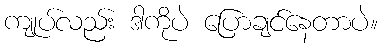
ကျုပ်လည်း ဒါကိုပဲ ပြောချင်နေတာပဲ။